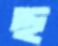
ছ